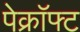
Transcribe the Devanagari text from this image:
पेक्रॉफ्ट